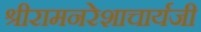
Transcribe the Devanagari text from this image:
श्रीरामनरेशाचार्यजी